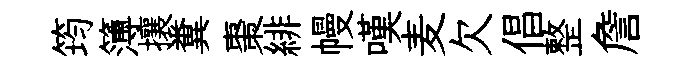
筠簿攘糞棗緋幔嘆麦欠倡整詹